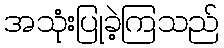
အသုံးပြုခဲ့ကြသည်